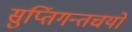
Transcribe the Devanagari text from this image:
सुप्तिंगन्तचयो